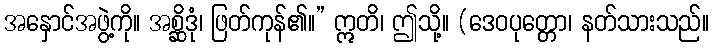
အနှောင်အဖွဲ့ကို။ အစ္ဆိဒုံ၊ ဖြတ်ကုန်၏။” ဣတိ၊ ဤသို့။ (ဒေဝပုတ္တော၊ နတ်သားသည်။